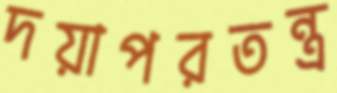
দয়াপরতন্ত্র